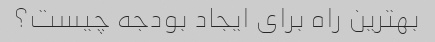
بهترین راه برای ایجاد بودجه چیست؟